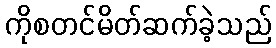
ကိုစတင်မိတ်ဆက်ခဲ့သည်